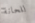
للحانة